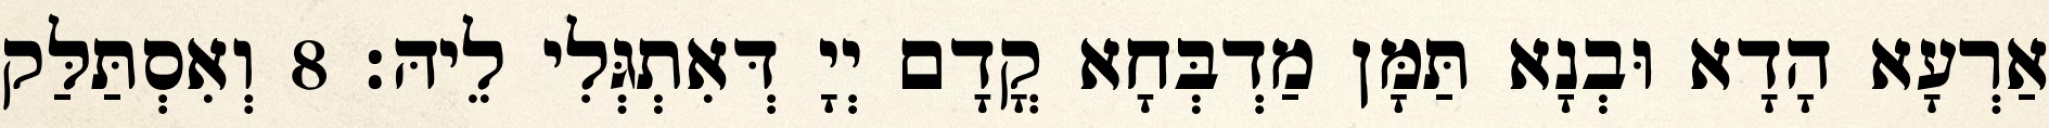
אַרְעָא הָדָא וּבְנָא תַּמָּן מַדְבְּחָא קֳדָם יְיָ דְּאִתְגְּלִי לֵיהּ׃ 8 וְאִסְתַּלַּק